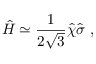
\hat { H } \simeq \frac { 1 } { 2 \sqrt { 3 } } \hat { \chi } \hat { \sigma } \ ,